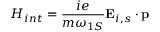
H _ { i n t } = \frac { i e } { m \omega _ { 1 S } } { \bf E } _ { i , s } \cdot { \bf p }